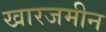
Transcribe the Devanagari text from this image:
खारजमीन